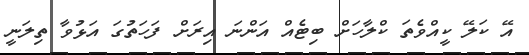
އޭ ކަލޭ ކީއްވެތަ ކްލާހަށް ބިޓެއް އަންނަ އިރަށް ފަހަތުގަ އަޅުވާ ތިލަނީ